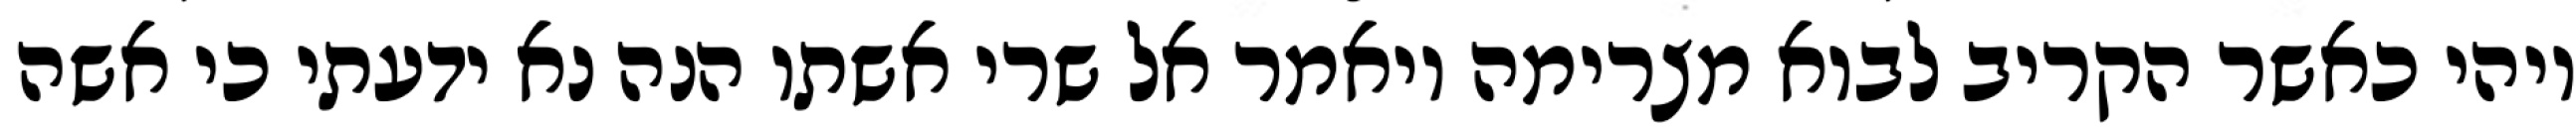
ויהי כאשר הקריב לבוא מצרימה ויאמר אל שרי אשתו הנה נא ידעתי כי אשה